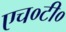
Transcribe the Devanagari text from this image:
एच०टी०